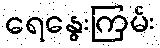
ရေနွေးကြမ်း